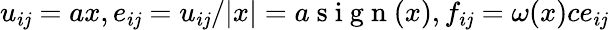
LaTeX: u_{i\mathit{j}}=ax,e_{i\mathit{j}}=u_{i\mathit{j}}/|x|=a\mathrm{{~s~i~g~n~}}(x),f_{i\mathit{j}}=\omega(x)ce_{i\mathit{j}}